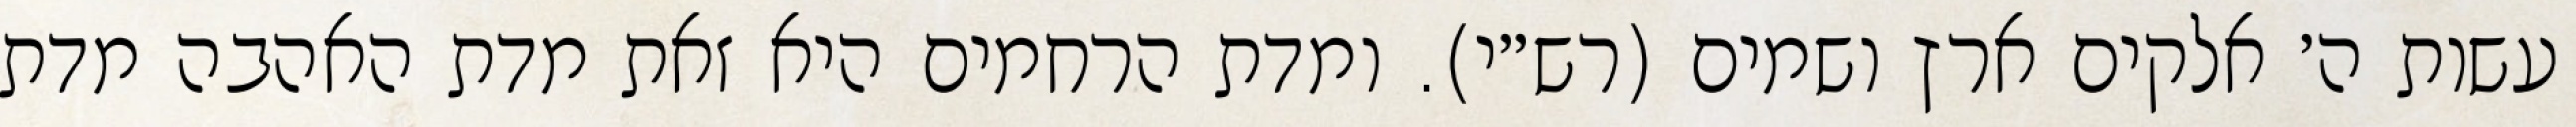
עשות ה׳ אלקים ארץ ושמים (רש״י). ומדת הרחמים היא זאת מדת האהבה מדת